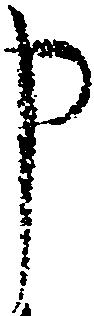
申